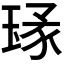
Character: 𱯉